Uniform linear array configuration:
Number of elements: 4
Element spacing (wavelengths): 0.75
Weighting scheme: exponential
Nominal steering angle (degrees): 60
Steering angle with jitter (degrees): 59.766
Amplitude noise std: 0.05
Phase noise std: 0.05

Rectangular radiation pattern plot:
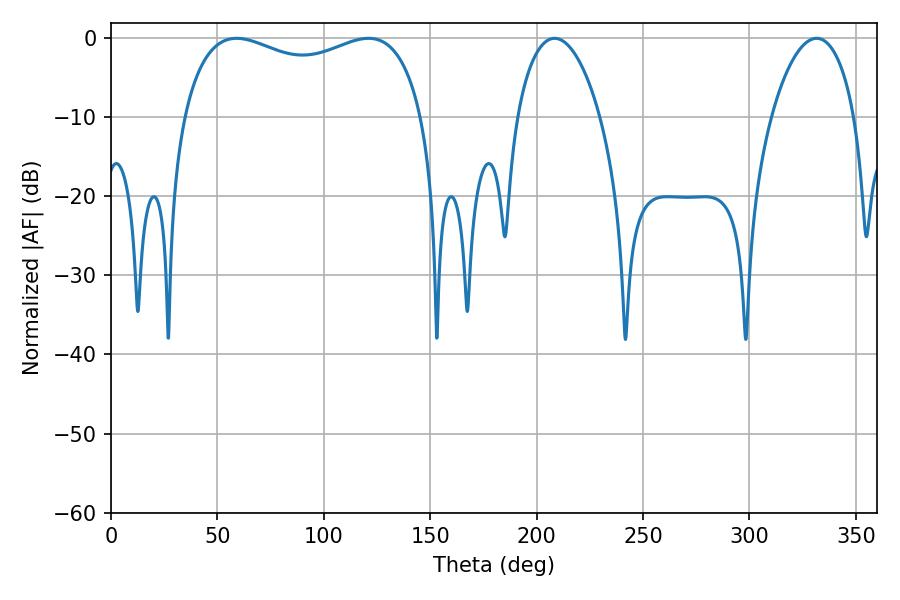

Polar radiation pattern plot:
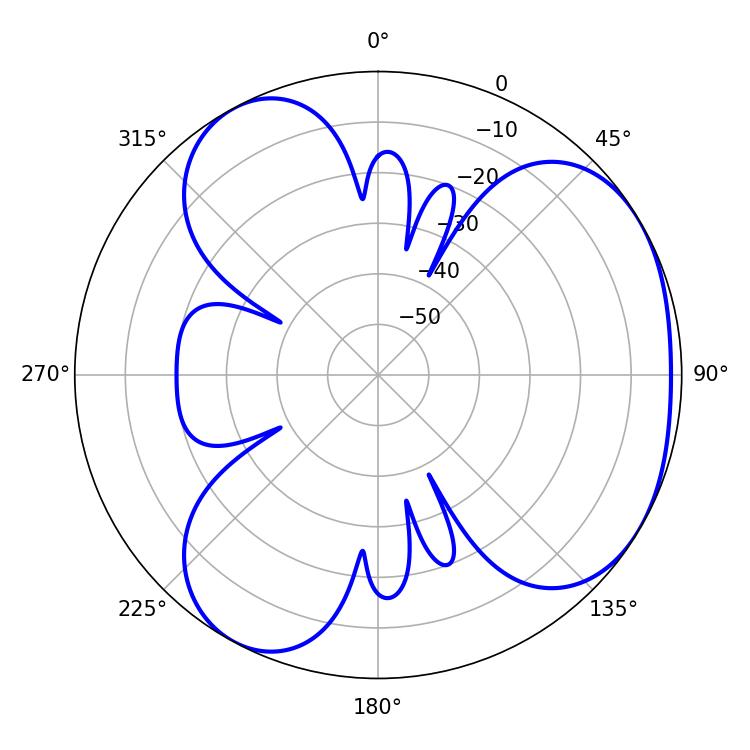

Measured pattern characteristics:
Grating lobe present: TRUE
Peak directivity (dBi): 3.891
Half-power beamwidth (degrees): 22.14
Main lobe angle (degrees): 208.44